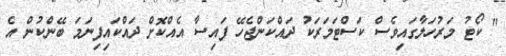
" ކޯޓު މަރުހަލާގައިވެސް ކަސްޓަމަރަކު ދައްކަންޖެހޭ ފައިސާ އެއްކޮށް ދައްކައިފިނަމަ ބޭންކުން އެ